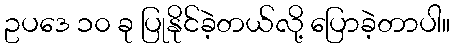
ဥပဒေ ၁၀ ခု ပြုနိုင်ခဲ့တယ်လို့ ပြောခဲ့တာပါ။